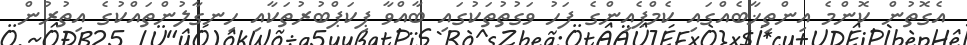
އެގޮތުން ކޮންމެ އިންތިޚާބެއްގައި ކެމްޕެއިންގެ ފަހު ވަގުތުތަކުގައި ބާއްވާ ޕިކަޕްބުރުތަކާއި ހިނގާލުންތައްކުގެ އިތުރުން